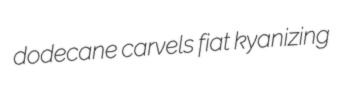
dodecane carvels fiat kyanizing